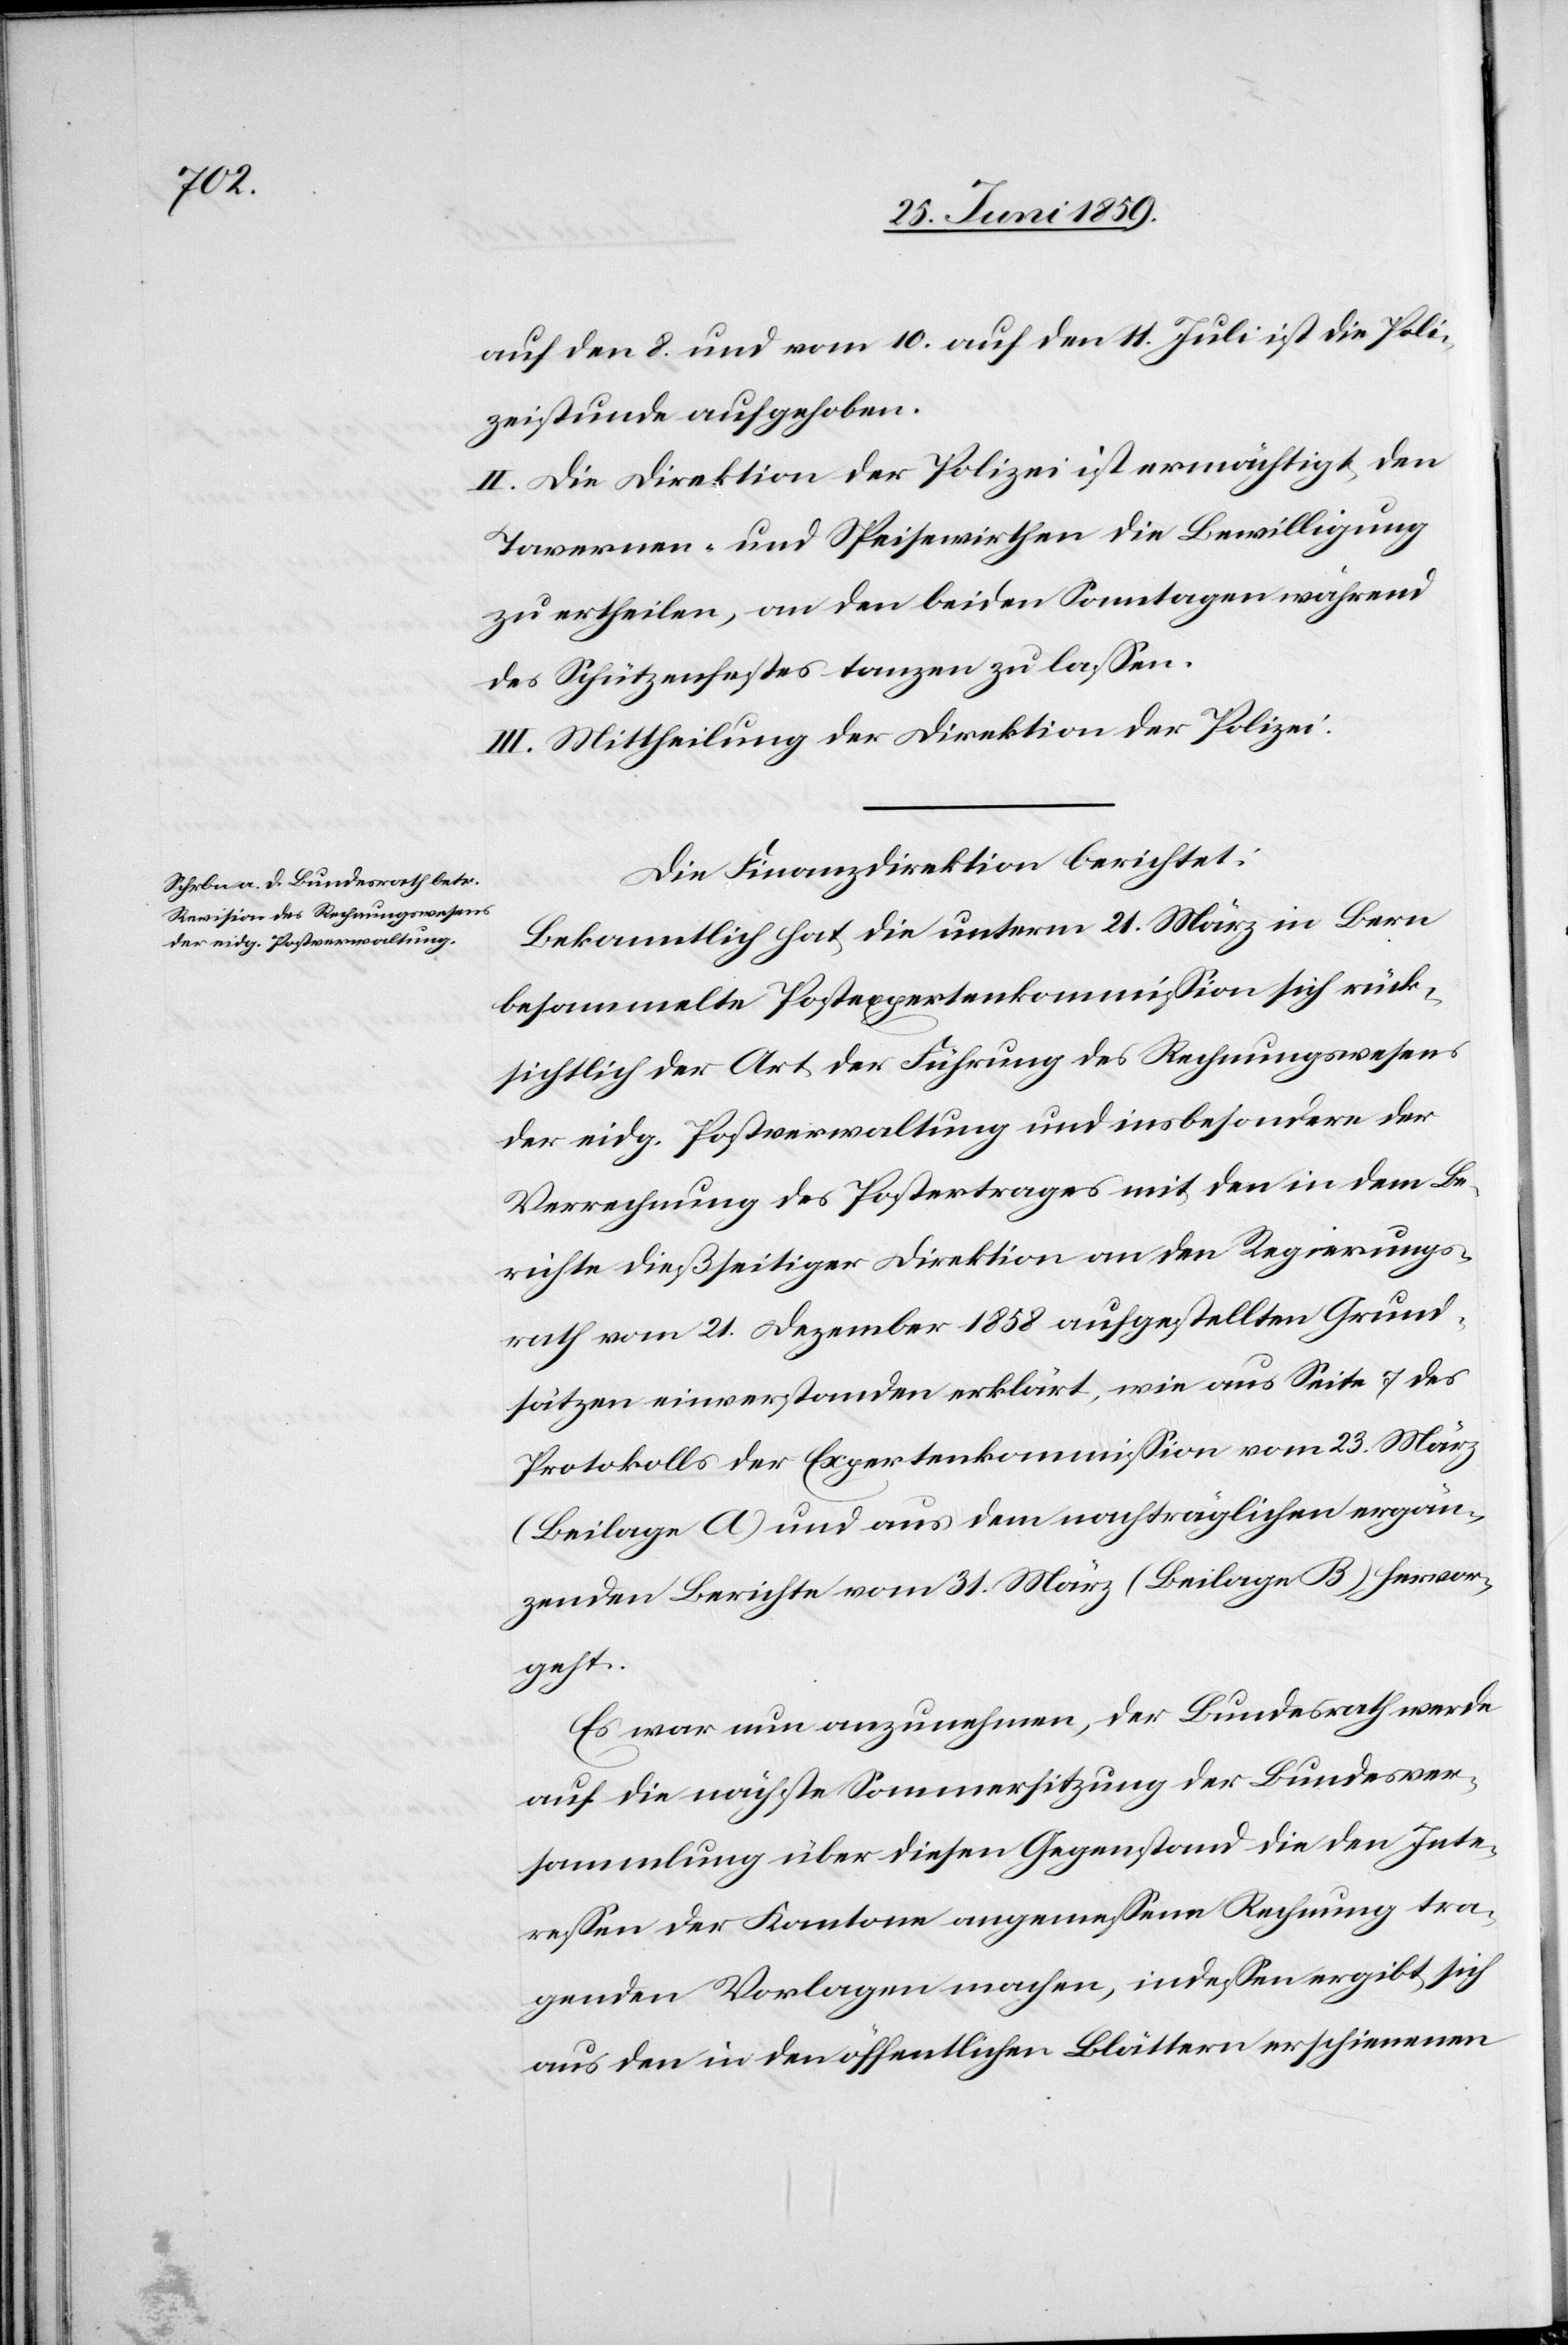
auf den 8. und vom 10. auf den 11. Juli ist die Poli¬
zeistunde aufgehoben.
II. Die Direktion der Polizei ist ermächtigt, den
Tavernen- und Speisewirthen die Bewilligung
zu ertheilen, an den beiden Samstagen während
des Schützenfestes tanzen zu lassen.
III. Mittheilung der Direktion der Polizei.
Die Finanzdirektion berichtet:
Bekanntlich hat die unterm 21. März in Bern
besammelte Postexpertenkommission sich rück¬
sichtlich der Art der Führung des Rechnungswesens
der eidg. Postverwaltung und insbesondere der
Verrechnung des Postertrages mit den in dem Be¬
richte dießseitiger Direktion an den Regierungs¬
rath vom 21. Dezember 1858 aufgestellten Grund¬
sätzen einverstanden erklärt, wie aus Seite 7 des
Protokolls der Expertenkommission vom 23. März
(Beilag A) und aus dem nachträglichen ergän¬
zenden Berichte vom 31. März (Beilage B) hervor¬
geht.
Es war nun anzunehmen, der Bundesrath werde
auf die nächste Sommersitzung der Bundesver¬
sammlung über diesen Gegenstand die den Inte¬
ressen der Kantone angemessene Rechnung tra¬
genden Vorlagen machen, indessen ergibt sich
aus den in den öffentlichen Blättern erschienenen